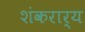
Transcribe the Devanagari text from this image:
शंकरार्य